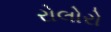
રોલોરો